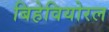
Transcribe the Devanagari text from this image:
बिहेवियोरल